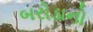
બરોડાનો